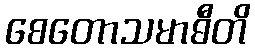
စေတောသမာဓီတိ